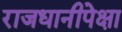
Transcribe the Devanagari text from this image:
राजधानीपेक्षा